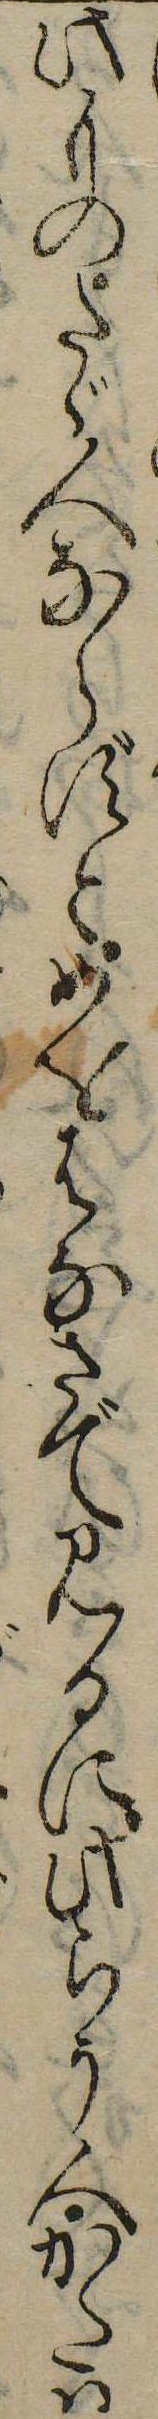
けものたゞ人ならずとめをはなさで見るに此らう人かたは